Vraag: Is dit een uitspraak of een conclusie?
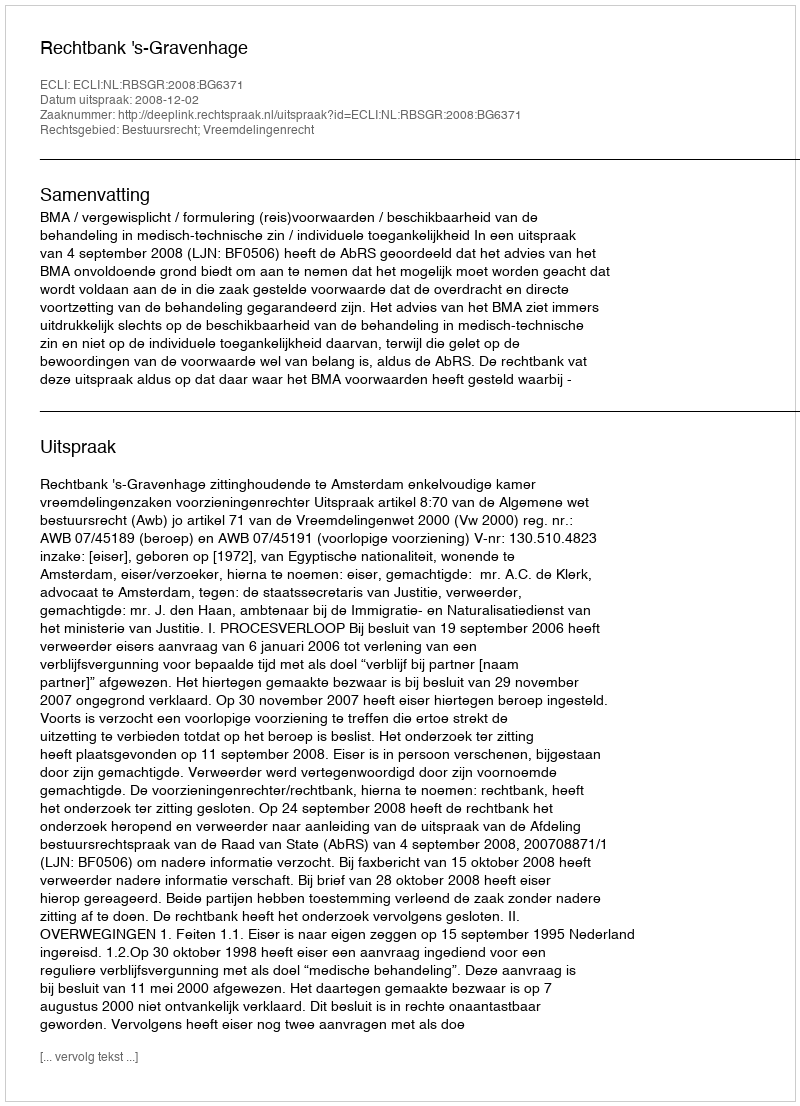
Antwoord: Uitspraak